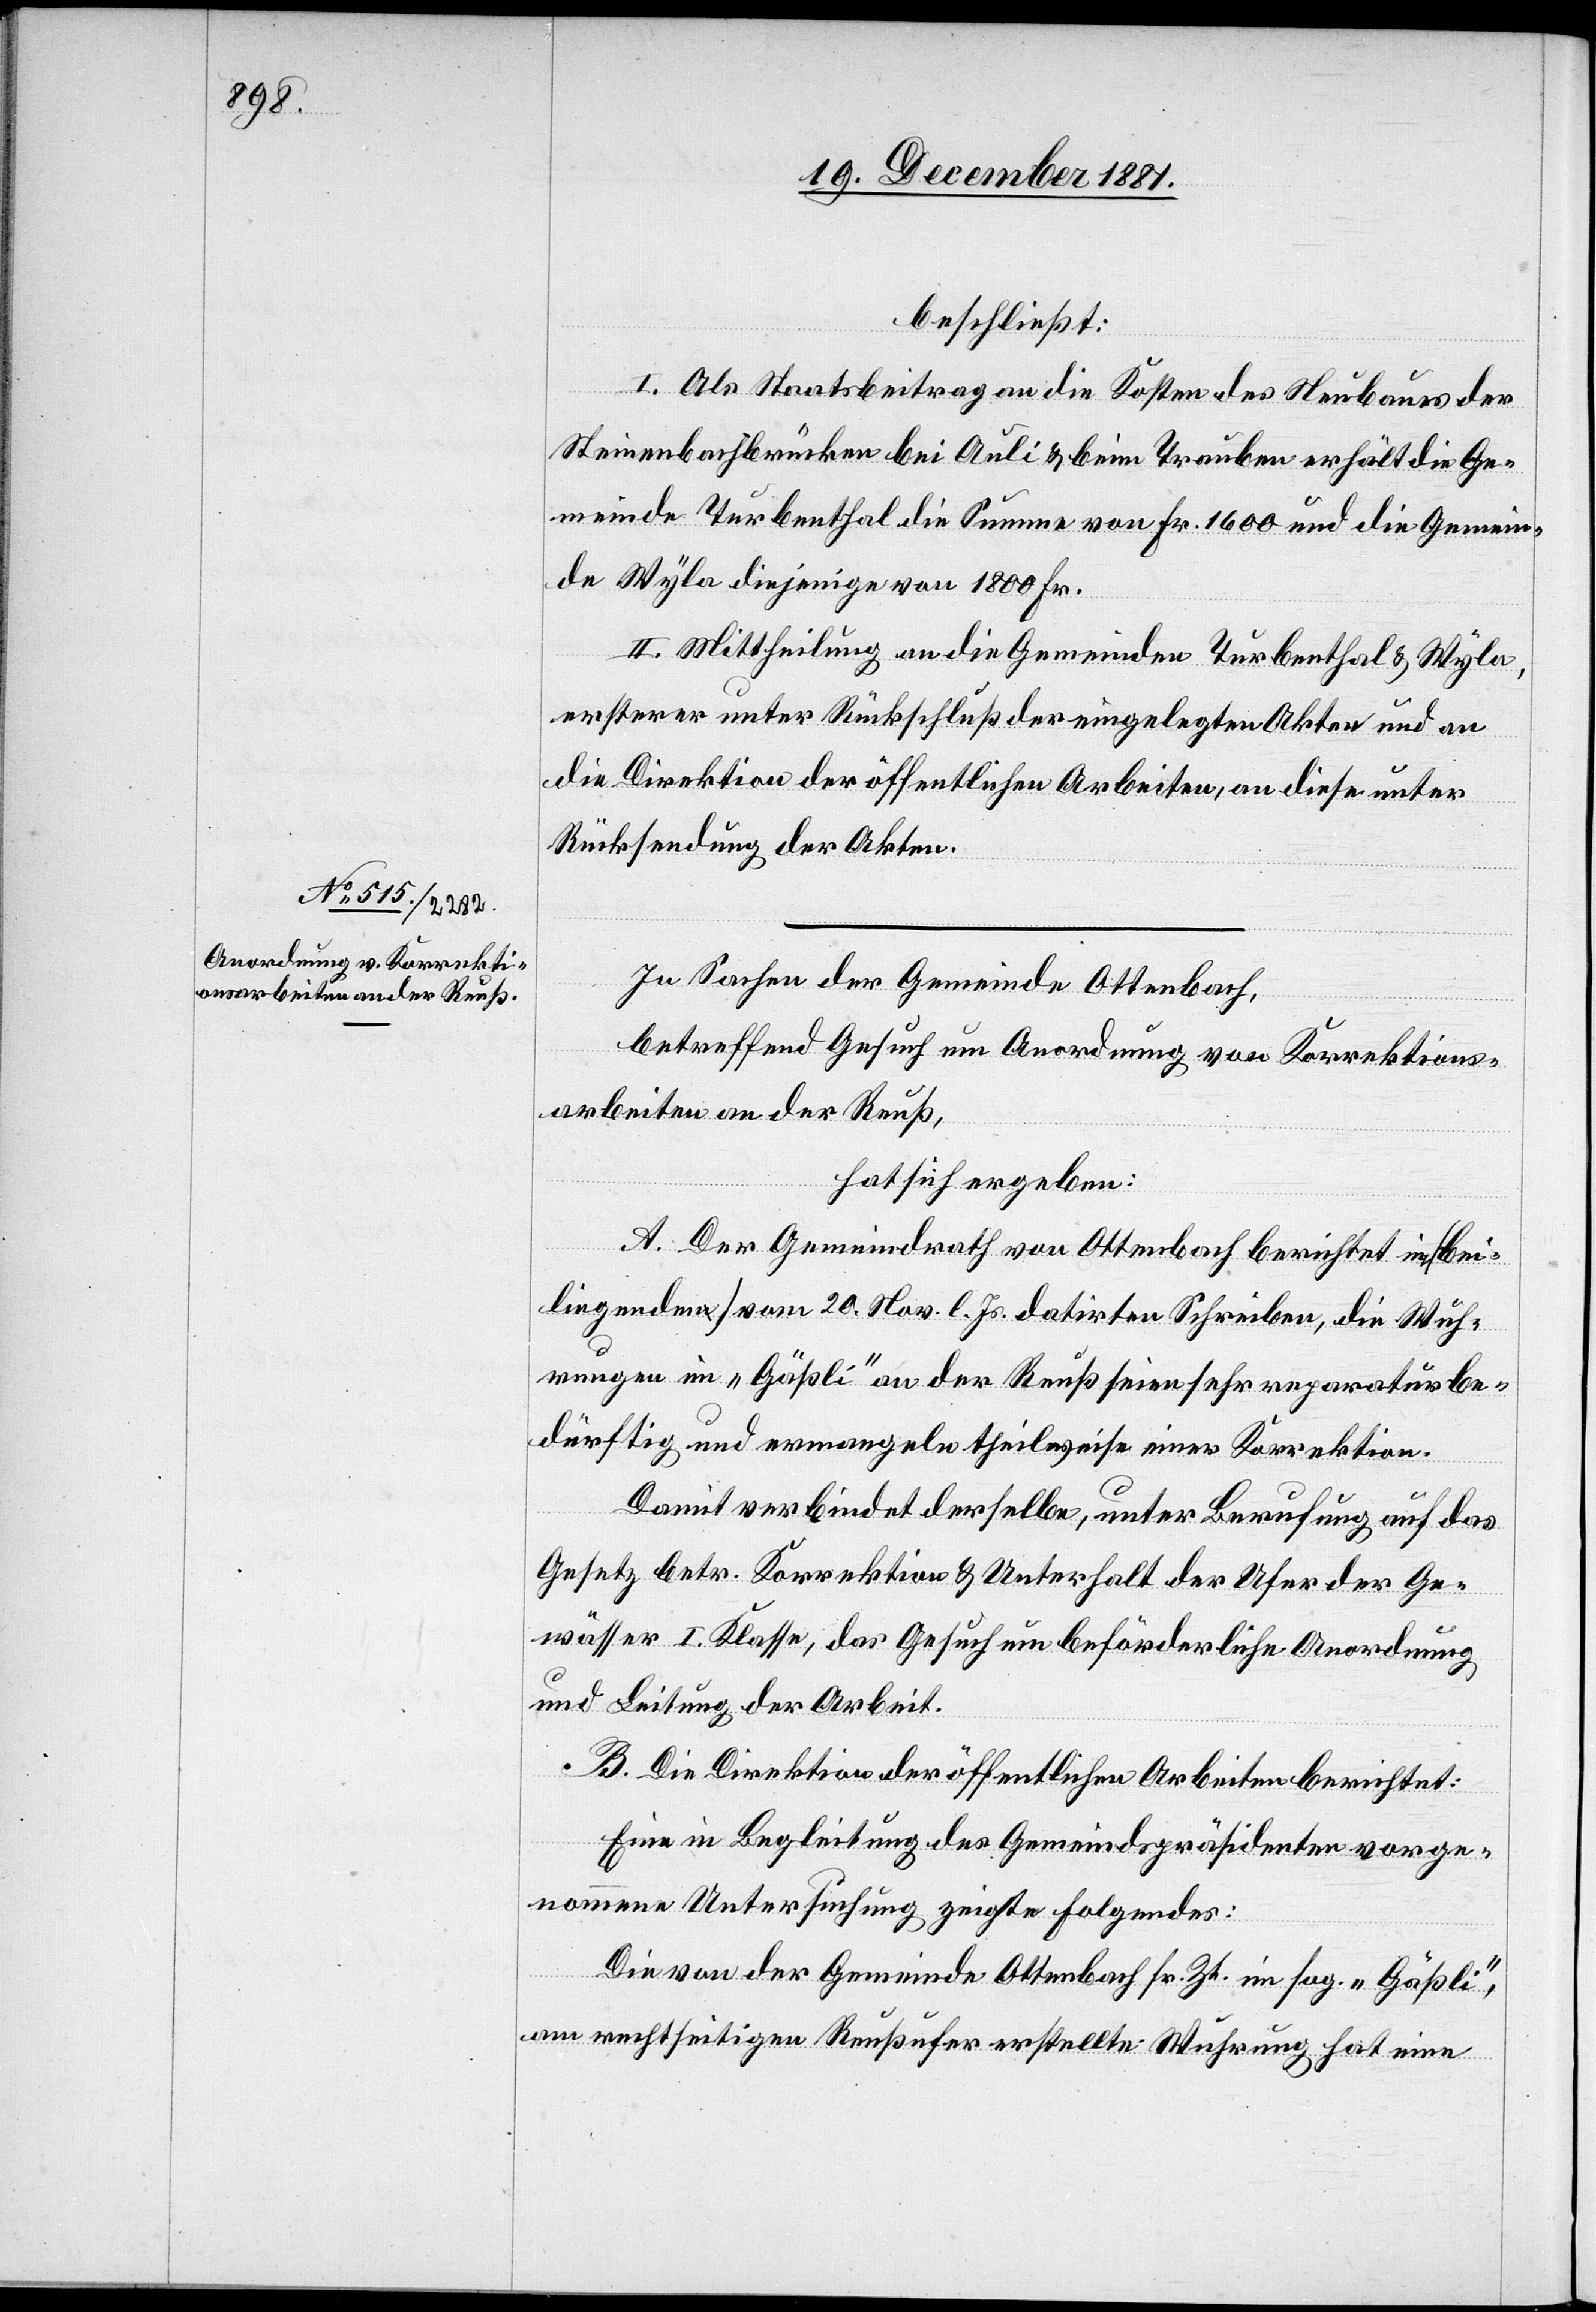
beschließt:
I. Als Staatsbeitrag an die Kosten des Neubaues der
Steinenbachbrücken bei Auli & beim Trauben erhält die Ge¬
meinde Turbenthal die Summe von Fr. 1600 und die Gemein¬
de Wyla diejenige von 1800 Fr.
II. Mittheilung an die Gemeinden Turbenthal & Wyla,
ersterer unter Rückschluß der eingelegten Akten und an
die Direktion der öffentlichen Arbeiten, an diese unter
Rücksendung der Akten.
In Sachen der Gemeinde Ottenbach,
betreffend Gesuch um Anordnung von Korrektions¬
arbeiten an der Reuß,
hat sich ergeben:
A. Der Gemeindrath von Ottenbach berichtet im (bei¬
liegenden) vom 20. Nov. l. Js. datirten Schreiben, die Wuh¬
rungen im „Gäßli“ an der Reuß seien sehr reparaturbe¬
dürftig und ermangeln theilweise einer Korrektion.
Damit verbindet derselbe, unter Berufung auf das
Gesetz betr. Korrektion & Unterhalt der Ufer der Ge¬
wässer I. Klasse, das Gesuch um beförderliche Anordnung
und Leitung der Arbeit.
B. Die Direktion der öffentlichen Arbeiten berichtet:
Eine in Begleitung des Gemeindspräsidenten vorge¬
nommene Untersuchung zeigte Folgendes:
Die von der Gemeinde Ottenbach sr. Zt. im sog. „Gäßli“
am rechtseitigen Reußufer erstellte Wuhrung hat eine